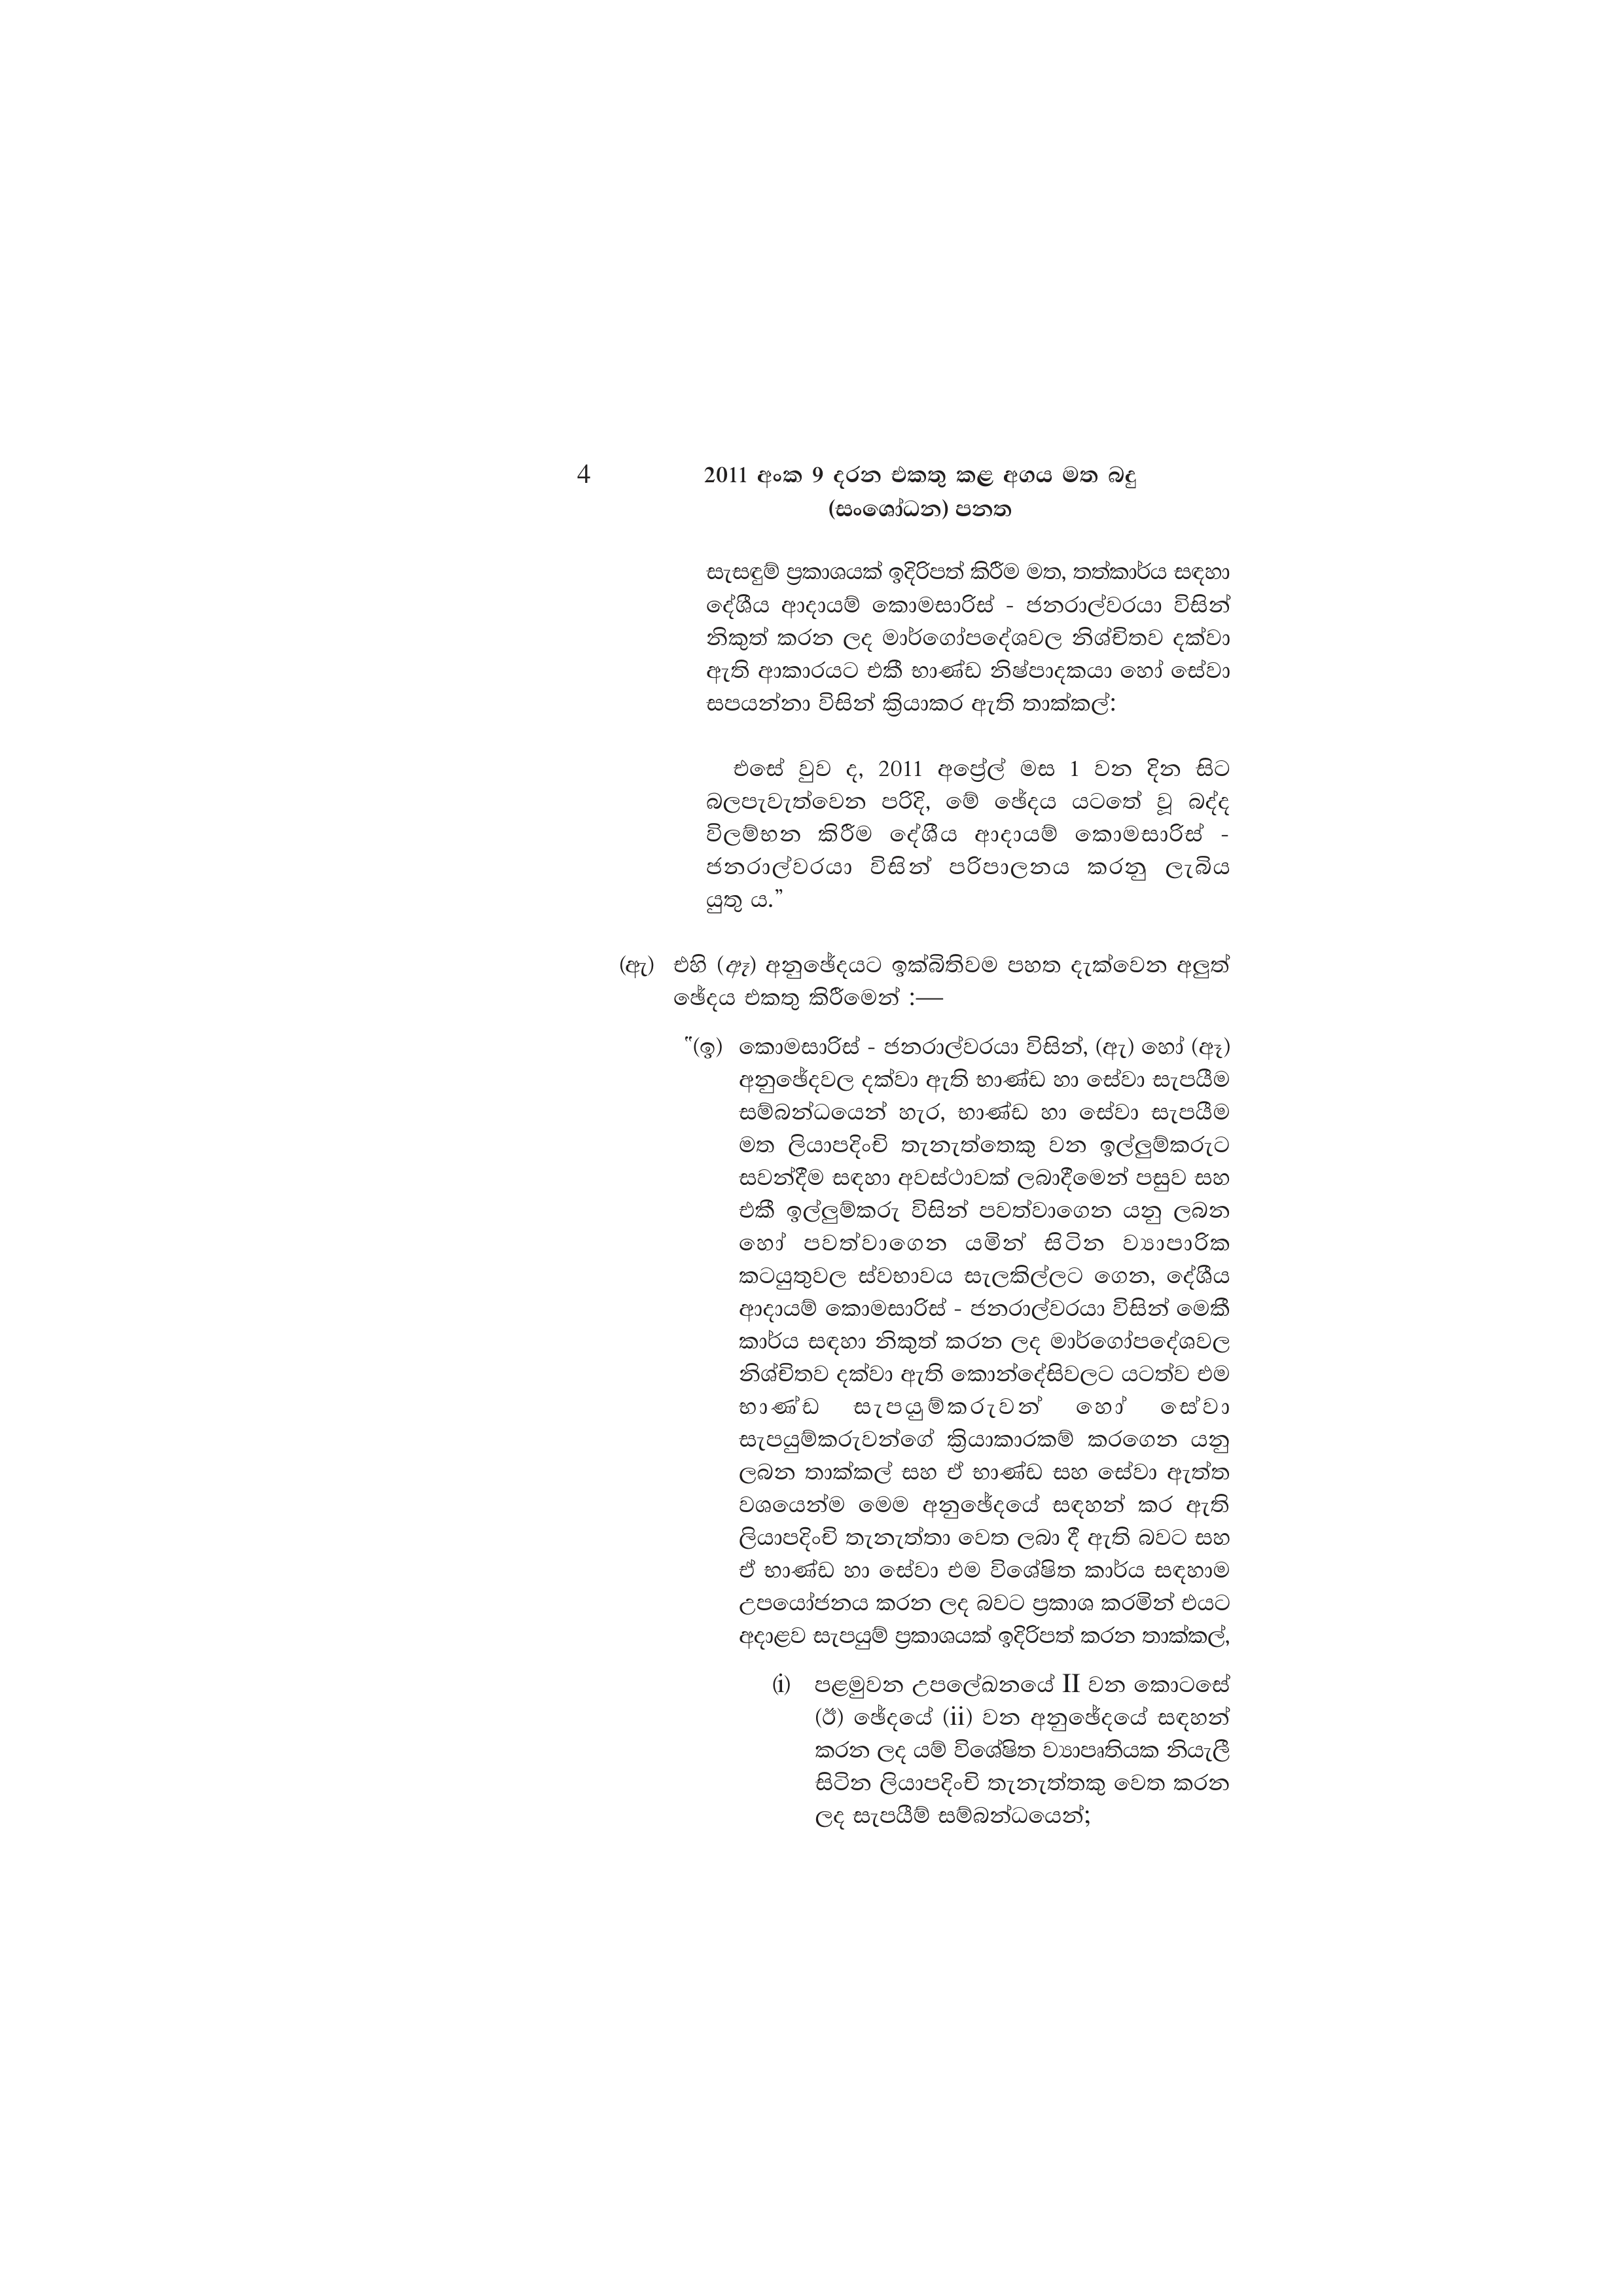
4  2011 අංක 9 දරන එකතු කළ අගය මත බදු
(සංශෝධන) පනත

සැසඳුම් ප්‍රකාශයක් ඉදිරිපත් කිරීම මත, තත්කාර්ය සඳහා
දේශීය ආදායම් කොමසාරිස් - ජනරාල්වරයා විසින්
නිකුත් කරන ලද මාර්ගෝපදේශවල නිශ්චිතව දක්වා
ඇති ආකාරයට එකී භාණ්ඩ නිෂ්පාදකයා හෝ සේවා
සපයන්නා විසින් ක්‍රියාකර ඇති තාක්කල්:

එසේ වුව ද, 2011 අප්‍රේල් මස 1 වන දින සිට
බලපැවැත්වෙන පරිදි, මේ ඡේදය යටතේ වූ බද්ද
විලම්භන කිරීම දේශීය ආදායම් කොමසාරිස්
ජනරාල්වරයා විසින් පරිපාලනය කරනු ලැබිය
යුතු ය.”

(ඇ) එහි (ඈ) අනුඡේදයට ඉක්බිතිවම පහත දැක්වෙන අලුත්
ඡේදය එකතු කිරීමෙන් :—

"(ඉ) කොමසාරිස් - ජනරාල්වරයා විසින්, (ඇ) හෝ (ඈ)
අනුඡේදවල දක්වා ඇති භාණ්ඩ හා සේවා සැපයීම
සම්බන්ධයෙන් හැර, භාණ්ඩ හා සේවා සැපයීම
මත ලියාපදිංචි තැනැත්තෙකු වන ඉල්ලුම්කරුට
සවන්දීම සඳහා අවස්ථාවක් ලබාදීමෙන් පසුව සහ
එකී ඉල්ලුම්කරු විසින් පවත්වාගෙන යනු ලබන
හෝ පවත්වාගෙන යමින් සිටින ව්‍යාපාරික
කටයුතුවල ස්වභාවය සැලකිල්ලට ගෙන, දේශීය
ආදායම් කොමසාරිස් - ජනරාල්වරයා විසින් මෙකී
කාර්ය සඳහා නිකුත් කරන ලද මාර්ගෝපදේශවල
නිශ්චිතව දක්වා ඇති කොන්දේසිවලට යටත්ව එම
භාණ්ඩ සැපයුම්කරුවන් හෝ සේවා
සැපයුම්කරුවන්ගේ ක්‍රියාකාරකම් කරගෙන යනු
ලබන තාක්කල් සහ ඒ භාණ්ඩ සහ සේවා ඇත්ත
වශයෙන්ම මෙම අනුඡේදයේ සඳහන් කර ඇති
ලියාපදිංචි තැනැත්තා වෙත ලබා දී ඇති බවට සහ
ඒ භාණ්ඩ හා සේවා එම විශේෂිත කාර්ය සඳහාම
උපයෝජනය කරන ලද බවට ප්‍රකාශ කරමින් එයට
අදාළව සැපයුම් ප්‍රකාශයක් ඉදිරිපත් කරන තාක්කල්,

(1) පළමුවන උපලේඛනයේ II වන කොටසේ
(ඊ) ඡේදයේ (ii) වන අනුඡේදයේ සඳහන්
කරන ලද යම් විශේෂිත ව්‍යාපෘතියක නියැලී
සිටින ලියාපදිංචි තැනැත්තකු වෙත කරන
ලද සැපයීම් සම්බන්ධයෙන්;